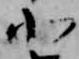
北